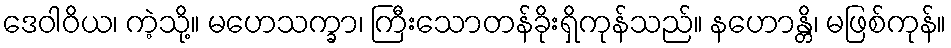
ဒေဝါဝိယ၊ ကဲ့သို့။ မဟေသက္ခာ၊ ကြီးသောတန်ခိုးရှိကုန်သည်။ နဟောန္တိ၊ မဖြစ်ကုန်။